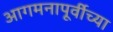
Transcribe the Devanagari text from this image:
आगमनापूर्वीच्या